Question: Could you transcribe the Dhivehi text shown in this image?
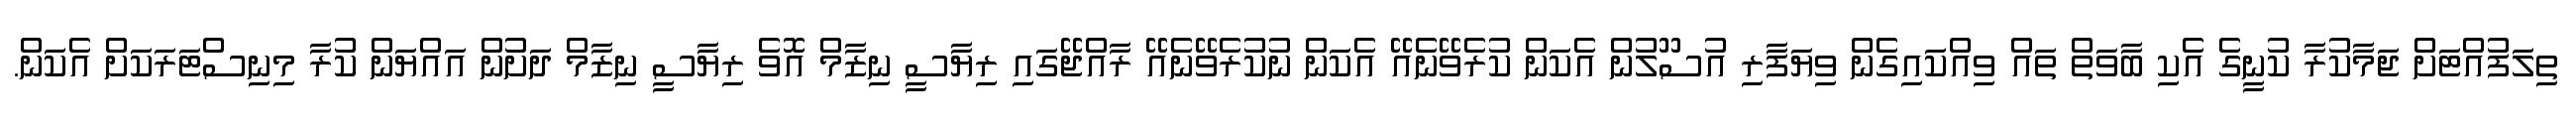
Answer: ތިލަފުއްޓަށް ޖަމާކުރާ ކުނީގެ އެކި ބާވަތް ތައް ވިއްކައިގެން ވިޔަފާރި އުސޫލުން އެކަން ކުރެވޭނެއޭ އެކަން ނުކުރެވޭނެއޭ ރާއްޖޭގައި ރިޔާސީ ނިޒާމް އޮވެ ރިޔާސީ ނިޒާމް ދަށުން އައްޔަން ކުރާ މިނިސްޓަރަކަށް އެކަން.